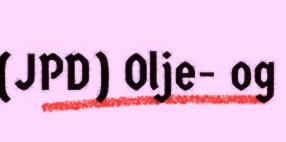
(JPD) Olje- og